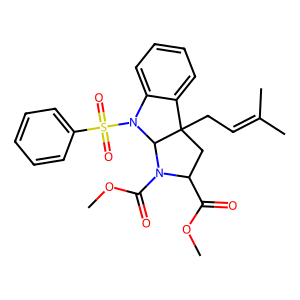
SMILES: COC(=O)C1CC2(CC=C(C)C)c3ccccc3N(S(=O)(=O)c3ccccc3)C2N1C(=O)OC
Inhibits HIV replication: No